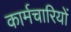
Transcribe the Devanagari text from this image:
कार्मचारियों